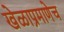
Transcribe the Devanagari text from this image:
खेळाप्रमाणेच